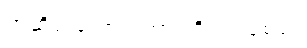
တဆိတ်လောက်အားကိုးပါရစေဗျာ